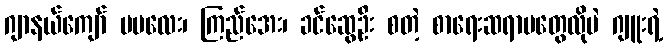
ဂျာနယ်ကျော် မမလေး၊ ကြည်အေး၊ ခင်ဆွေဦး စတဲ့ စာရေးဆရာမတွေလိုပဲ ဂျူးရဲ့